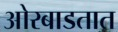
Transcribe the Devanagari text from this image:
ओरबाडतात